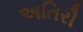
અતિરૌ